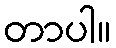
တာပါ။